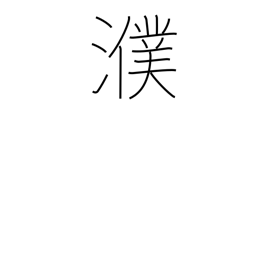
Meaning: name of Chinese river